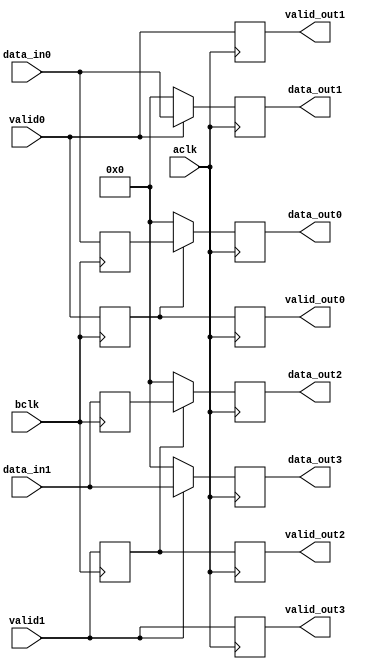
module demuxL1_cond (
		     input 	      aclk,
		     input 	      bclk,
		     input 	      valid0,
		     input 	      valid1,
		     input [7:0]      data_in0,
		     input [7:0]      data_in1,
		     output reg       valid_out0,
		     output reg       valid_out1,
		     output reg       valid_out2,
		     output reg       valid_out3,
		     output reg [7:0] data_out0,
		     output reg [7:0] data_out1,
		     output reg [7:0] data_out2,
		     output reg [7:0] data_out3
		     );

   reg [7:0] 			 data_ant0, data_ant1;
   reg 				 valid_ant0, valid_ant1;

   always @ (posedge bclk) begin
      data_ant0 <= data_in0;
      valid_ant0 <= valid0;

      data_ant1 <= data_in1;
      valid_ant1 <= valid1;
   end

   // Salidas 0 y 1
   always @ (posedge aclk) begin

      // Logica para data_out1
      if (valid0 == 1) begin
	 data_out1 = data_in0;
	 valid_out1 = valid0;
      end
      else begin
	 data_out1 = 8'h00;
	 valid_out1 = valid0;
      end

      // Logica para data_out0
      if (valid_ant0 == 1) begin
	 data_out0 = data_ant0;
	 valid_out0 = valid_ant0;
      end
      else begin
	 data_out0 = 8'h00;
	 valid_out0 = valid_ant0;
      end
   end // always @ (posedge aclk)

   // Salidas 2 y 3
   always @ (posedge aclk) begin

      // Logica para data_out3
      if (valid1 == 1) begin
	 data_out3 = data_in1;
	 valid_out3 = valid1;
      end
      else begin
	 data_out3 = 8'h00;
	 valid_out3 = valid1;
      end

      // Logica para data_out2
      if (valid_ant1 == 1) begin
	 data_out2 = data_ant1;
	 valid_out2 = valid_ant1;
      end
      else begin
	 data_out2 = 8'h00;
	 valid_out2 = valid_ant1;
      end
   end // always @ (posedge aclk)

endmodule // demuxL1